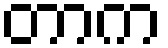
တာက